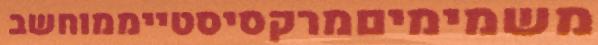
משמימיםמרקסיסטייממוחשב